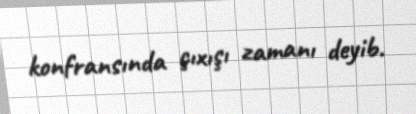
konfransında çıxışı zamanı deyib.